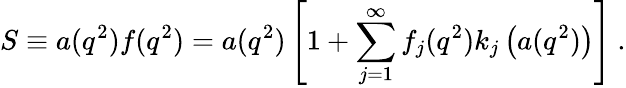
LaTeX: S\equiv a(q^{2})f(q^{2})=a(q^{2})\left[1+\sum_{j=1}^{\infty}f_{j}(q^{2})k_{j}\left(a(q^{2})\right)\right]\ .